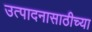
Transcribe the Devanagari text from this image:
उत्पादनासाठीच्या